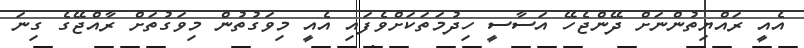
އެއީ ރައްޔިތުންނަށް ދޭންޖެހޭ އަސާސީ ހިދުމަތަކަށްވެފައި އެއީ މިވަގުތުން މިވަގުތަށް ރާއްޖޭގެ ގިނަ